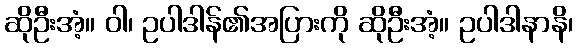
ဆိုဦးအံ့။ ဝါ၊ ဥပါဒါန်၏အပြားကို ဆိုဦးအံ့။ ဥပါဒါနာနိ၊